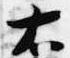
右